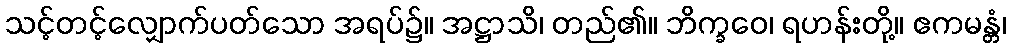
သင့်တင့်လျှောက်ပတ်သော အရပ်၌။ အဋ္ဌာသိ၊ တည်၏။ ဘိက္ခဝေ၊ ရဟန်းတို့။ ဧကမန္တံ၊